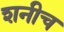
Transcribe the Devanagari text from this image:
शनीच